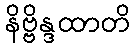
နိဗ္ဗိန္ဒထာတိ